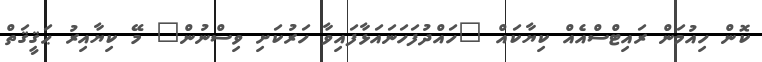
ކޮން ހިއުމަން ރައިޓްސްއެއް ކިޔާކައް "ހައްދުފަހަނައަޅާފައިވާ ހަރުކަށި ވިސްނުން" މޭ ކިޔާއިރު ޙަޤީޤަތް